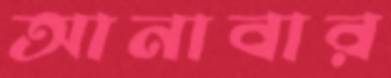
আনাবার